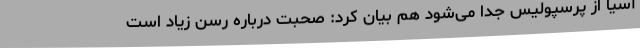
آسیا از پرسپولیس جدا می‌شود هم بیان کرد:‌ صحبت درباره رسن زیاد است